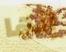
إنها